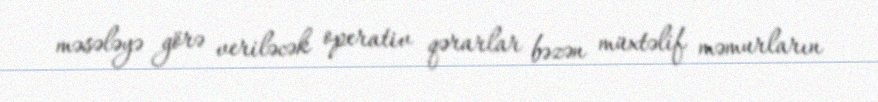
məsələyə görə veriləcək operativ qərarlar bəzən müxtəlif məmurların